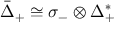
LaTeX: { \bar { \Delta } } _ { + } \cong \sigma _ { - } \otimes \Delta _ { + } ^ { * }